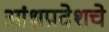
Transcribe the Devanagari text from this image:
आंध्रप्रदेशचे